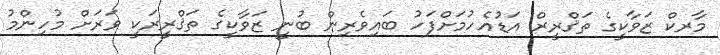
މާރކް ޒަވާކީގެ ތަޤްރީރް އަޑުއެހުމަށްފަހު ބައިވެރިން ބުނީ ޒަވާކީގެ ތަޤްރީރަކީ ވަރަށް މުހިންމު